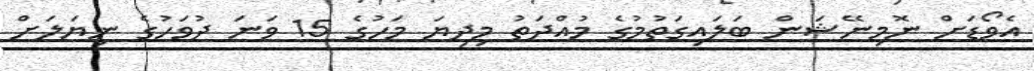
އެވޯޑަށް ނޮމިނޭޝަން ބަލައިގަތުމުގެ މުއްދަތު މިދިޔަ މަހުގެ 15 ވަނަ ދުވަހުގެ ނިޔަލަށް